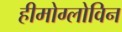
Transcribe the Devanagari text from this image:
हीमोग्लोविन